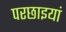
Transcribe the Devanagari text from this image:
परछाइयां